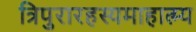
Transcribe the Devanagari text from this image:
त्रिपुरारहस्यमाहात्म्य